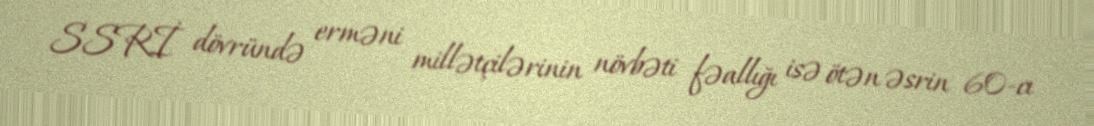
SSRİ dövründə erməni millətçilərinin növbəti fəallığı isə ötən əsrin 60-cı